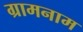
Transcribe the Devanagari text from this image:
ग्रामनाम